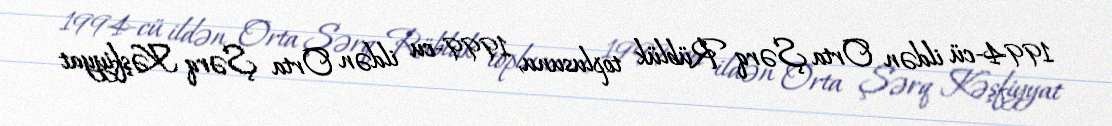
1994-cü ildən Orta Şərq Rüblük toplusunu, 1999-cu ildən Orta Şərq Kəşfiyyat